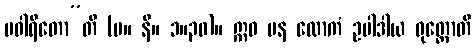
ပဝါရိတော”တိ (မ။ နိ။ ၁။၃၀)။ ဣဓ ပန လောကံ ဥပါဒါယ ဝုတ္တောတိ